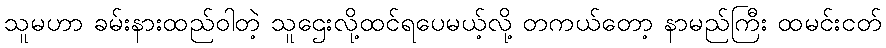
သူမဟာ ခမ်းနားထည်ဝါတဲ့ သူဌေးလို့ထင်ရပေမယ့်လို့ တကယ်တော့ နာမည်ကြီး ထမင်းငတ်